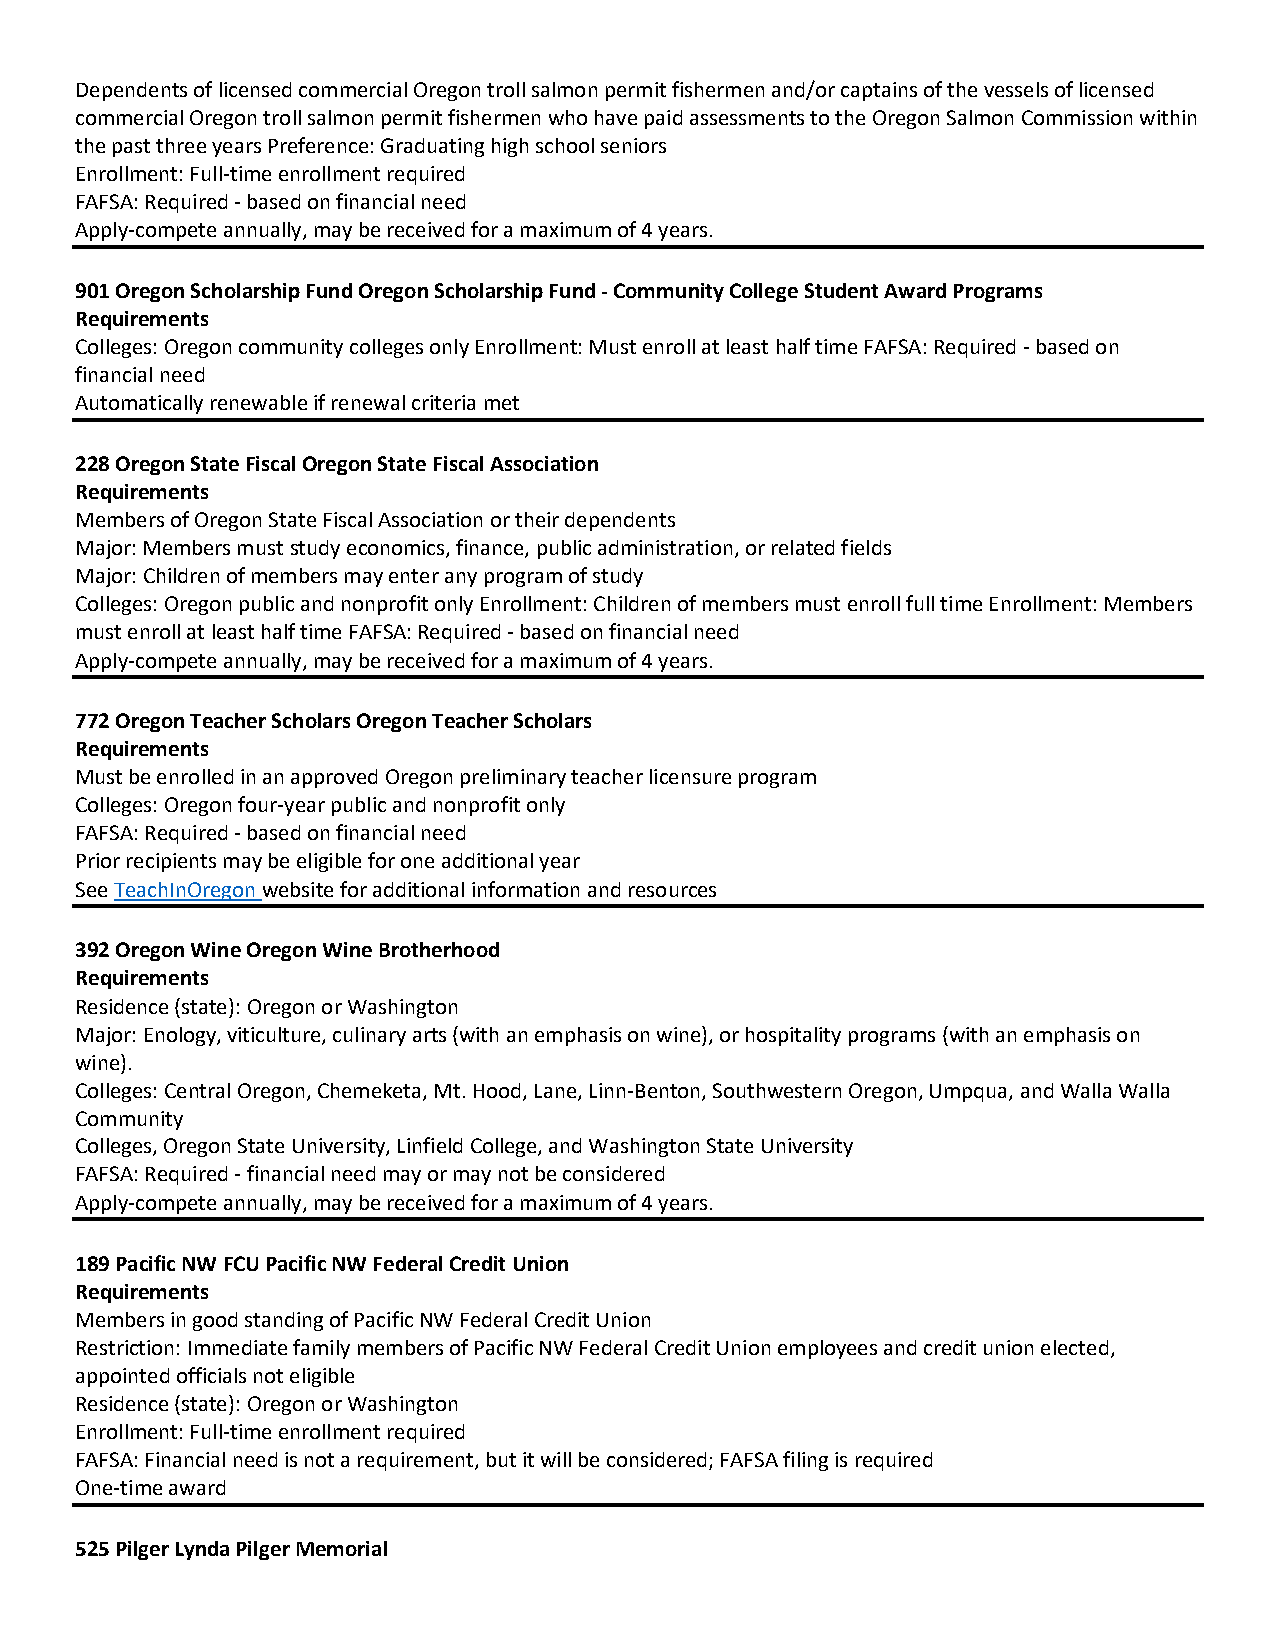
Dependents of licensed commercial Oregon troll salmon permit fishermen and/or captains of the vessels of licensed
 commercial Oregon troll salmon permit fishermen who have paid assessments to the Oregon Salmon Commission within
 the past three years Preference: Graduating high school seniors
 Enrollment: Full time enrollment required
 FAFSA: Required based on financial need
 Apply compete annually, may be received for a maximum of 4 years.
 901 Oregon Scholarship Fund Oregon Scholarship Fund Community College Student Award Programs
 Requirements
 Colleges: Oregon community colleges only Enrollment: Must enroll at least half time FAFSA: Required based on
 financial need
 Automatically renewable if renewal criteria met
 228 Oregon State Fiscal Oregon State Fiscal Association
 Requirements
 Members of Oregon State Fiscal Association or their dependents
 Major: Members must study economics, finance, public administration, or related fields
 Major: Children of members may enter any program of study
 Colleges: Oregon public and nonprofit only Enrollment: Children of members must enroll full time Enrollment: Members
 must enroll at least half time FAFSA: Required based on financial need
 Apply compete annually, may be received for a maximum of 4 years.
 772 Oregon Teacher Scholars Oregon Teacher Scholars
 Requirements
 Must be enrolled in an approved Oregon preliminary teacher licensure program
 Colleges: Oregon four year public and nonprofit only
 FAFSA: Required based on financial need
 Prior recipients may be eligible for one additional year
 See TeachInOregon website for additional information and resources
 392 Oregon Wine Oregon Wine Brotherhood
 Requirements
 Residence (state): Oregon or Washington
 Major: Enology, viticulture, culinary arts (with an emphasis on wine), or hospitality programs (with an emphasis on
 wine).
 Colleges: Central Oregon, Chemeketa, Mt. Hood, Lane, Linn Benton, Southwestern Oregon, Umpqua, and Walla Walla
 Community
 Colleges, Oregon State University, Linfield College, and Washington State University
 FAFSA: Required financial need may or may not be considered
 Apply compete annually, may be received for a maximum of 4 years.
 189 Pacific NW FCU Pacific NW Federal Credit Union
 Requirements
 Members in good standing of Pacific NW Federal Credit Union
 Restriction: Immediate family members of Pacific NW Federal Credit Union employees and credit union elected,
 appointed officials not eligible
 Residence (state): Oregon or Washington
 Enrollment: Full time enrollment required
 FAFSA: Financial need is not a requirement, but it will be considered; FAFSA filing is required
 One time award
 525 Pilger Lynda Pilger Memorial